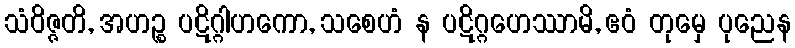
သံဝိဇ္ဇတိ, အဟဉ္စ ပဋိဂ္ဂါဟကော, သစေဟံ န ပဋိဂ္ဂဟေဿာမိ, ဧဝံ တုမှေ ပုညေန